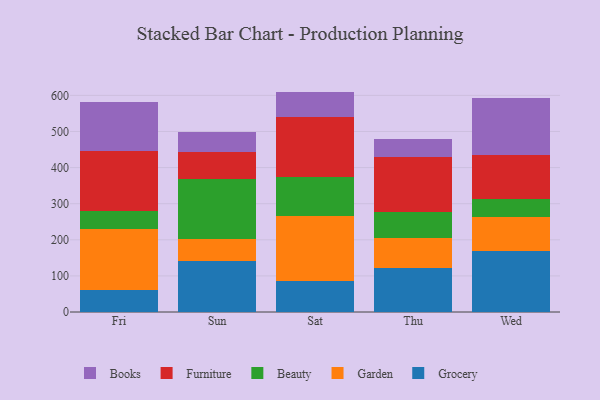
{"axis": {"x": "Day", "y": "Backlog"}, "legend": ["Beauty", "Books", "Furniture", "Garden", "Grocery"], "data": [{"x": "Fri", "y": 62.3, "type": "Grocery"}, {"x": "Fri", "y": 167.0, "type": "Garden"}, {"x": "Fri", "y": 50.4, "type": "Beauty"}, {"x": "Fri", "y": 167.0, "type": "Furniture"}, {"x": "Fri", "y": 134.6, "type": "Books"}, {"x": "Sun", "y": 142.4, "type": "Grocery"}, {"x": "Sun", "y": 60.6, "type": "Garden"}, {"x": "Sun", "y": 164.5, "type": "Beauty"}, {"x": "Sun", "y": 75.1, "type": "Furniture"}, {"x": "Sun", "y": 57.3, "type": "Books"}, {"x": "Sat", "y": 86.0, "type": "Grocery"}, {"x": "Sat", "y": 178.6, "type": "Garden"}, {"x": "Sat", "y": 110.5, "type": "Beauty"}, {"x": "Sat", "y": 165.7, "type": "Furniture"}, {"x": "Sat", "y": 69.7, "type": "Books"}, {"x": "Thu", "y": 122.4, "type": "Grocery"}, {"x": "Thu", "y": 82.3, "type": "Garden"}, {"x": "Thu", "y": 71.8, "type": "Beauty"}, {"x": "Thu", "y": 151.9, "type": "Furniture"}, {"x": "Thu", "y": 50.9, "type": "Books"}, {"x": "Wed", "y": 168.8, "type": "Grocery"}, {"x": "Wed", "y": 94.2, "type": "Garden"}, {"x": "Wed", "y": 51.1, "type": "Beauty"}, {"x": "Wed", "y": 120.1, "type": "Furniture"}, {"x": "Wed", "y": 159.5, "type": "Books"}]}